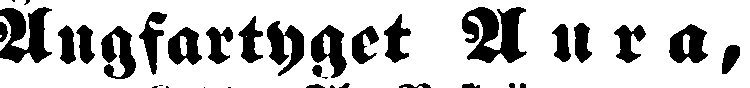
Ångfartyget Aura,